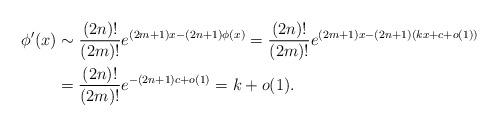
LaTeX: \begin{align*}\phi^\prime(x)&\sim \frac{(2n)!}{(2m)!}e^{(2m+1)x-(2n+1)\phi(x)}=\frac{(2n)!}{(2m)!}e^{(2m+1)x-(2n+1)(kx+c+o(1))}\\&=\frac{(2n)!}{(2m)!}e^{-(2n+1)c+o(1)}=k+o(1).\end{align*}